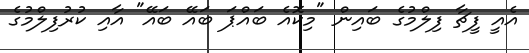
އެއީ ފީޗާ ފިލްމުގެ ބައިން "މިކޮއެ ބައްޕަ ބައޭ ބައޭ" އާއި ކުރުފިލްމުގެ